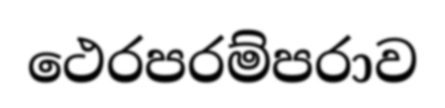
ථෙරපරම්පරාව